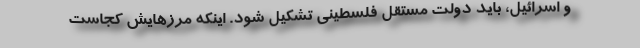
و اسرائیل، باید دولت مستقل فلسطینی تشکیل شود. اینکه مرزهایش کجاست